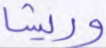
وريشا